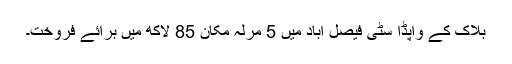
بلاک کے واپڈا سٹی فیصل آباد میں 5 مرلہ مکان 85 لاکھ میں برائے فروخت۔